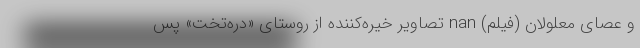
و عصای معلولان (فیلم) nan تصاویر خیره‌کننده از روستای «دره‌تخت» پس